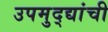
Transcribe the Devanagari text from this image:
उपमुद्द्यांची